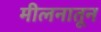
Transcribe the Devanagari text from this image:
मीलनातून